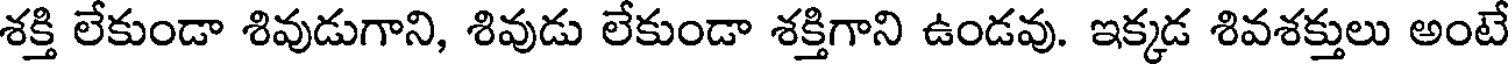
శక్తి లేకుండా శివుడుగాని, శివుడు లేకుండా శక్తిగాని ఉండవు. ఇక్కడ శివశక్తులు అంటే